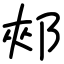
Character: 郟